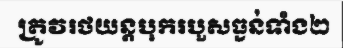
ត្រូវរថយន្តបុករបួសធ្ងន់ទាំង២